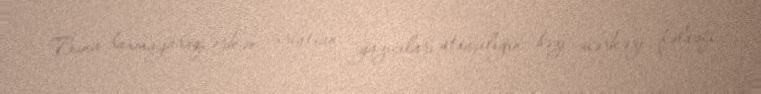
Buna baxmayaraq, erkən xristian yazıçıları stoaçılığın bəzi mərkəzi fəlsəfi